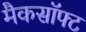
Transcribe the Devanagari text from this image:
मैकसॉफ्ट